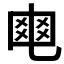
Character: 𤕣